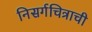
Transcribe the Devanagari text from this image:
निसर्गचित्राची